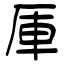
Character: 厙